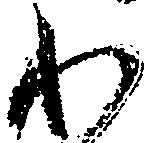
わ